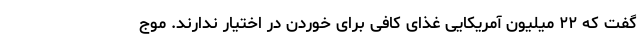
گفت که ۲۲ میلیون آمریکایی غذای کافی برای خوردن در اختیار ندارند. موج